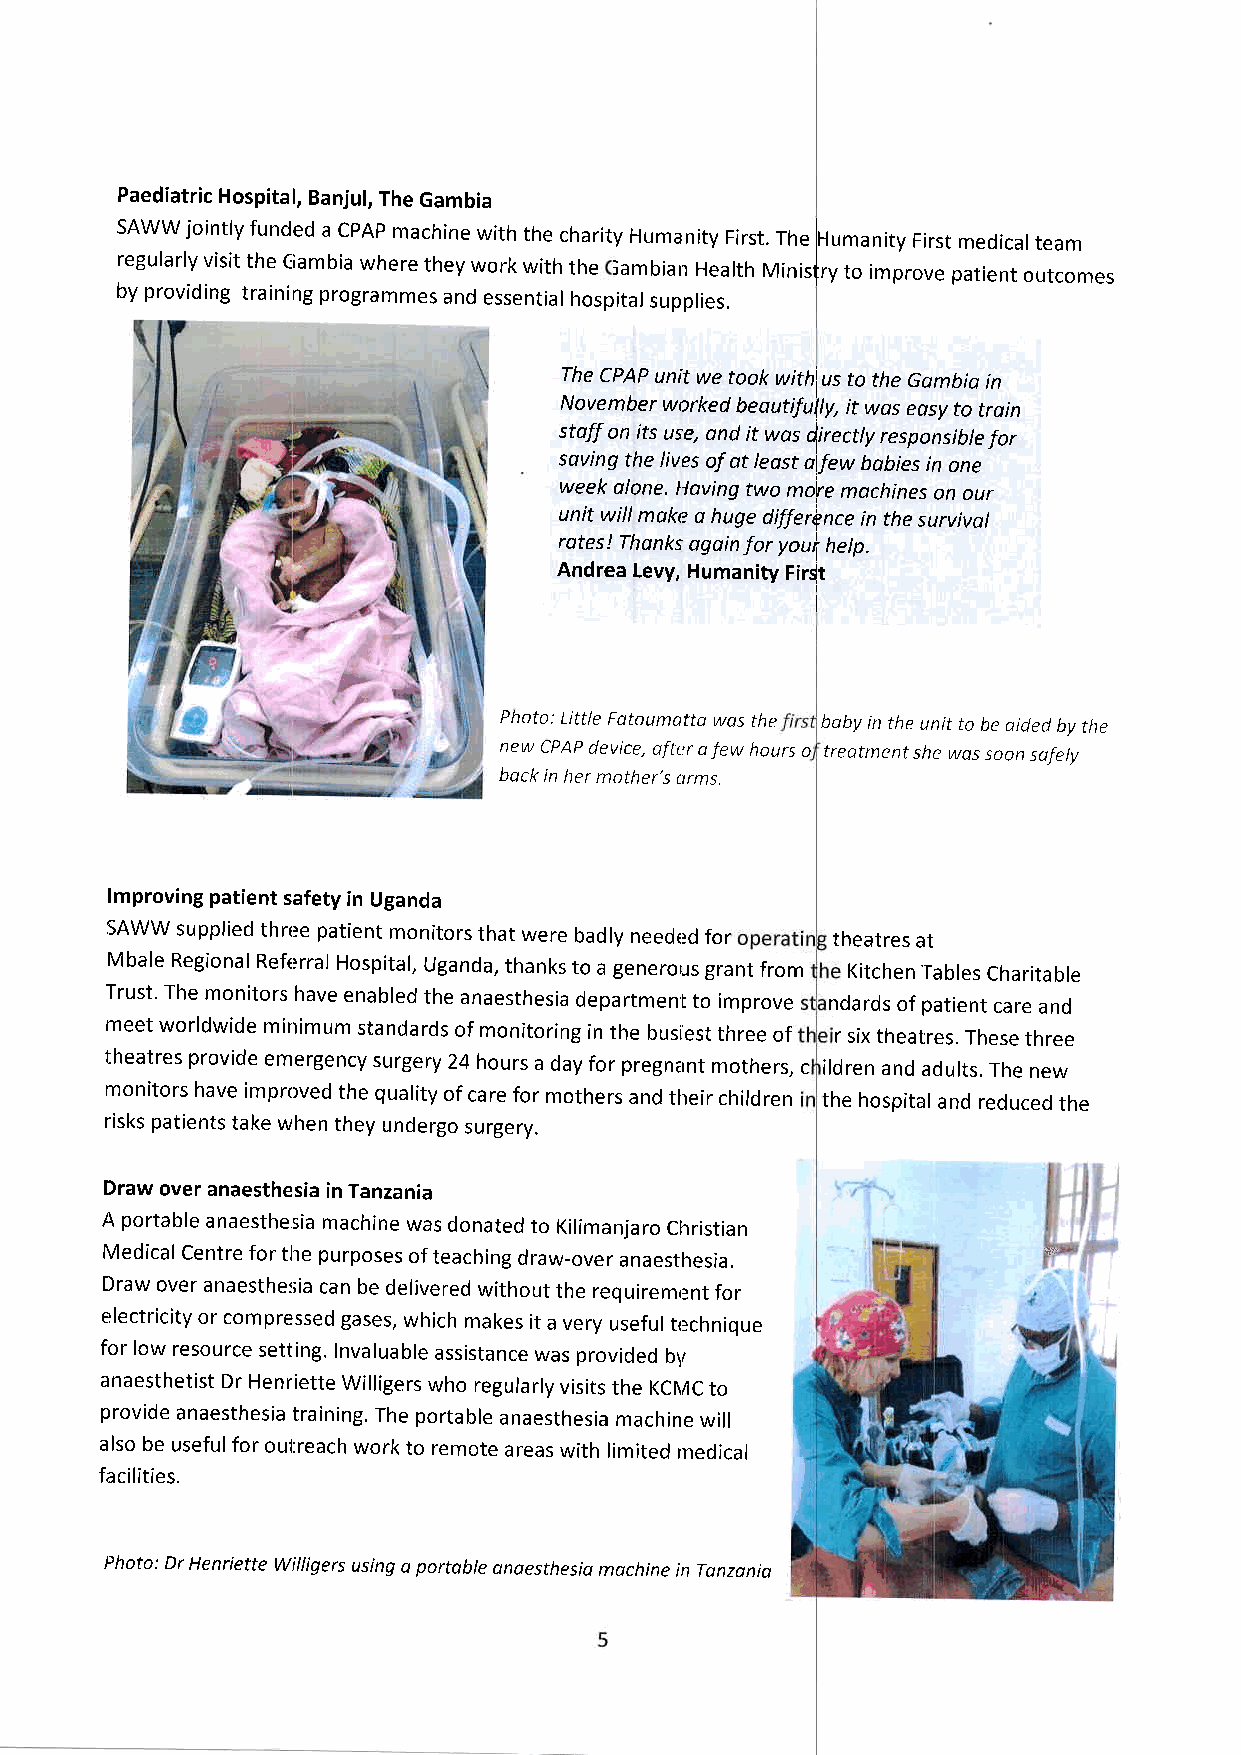
Paediatric Hospital, Banjul, The Gambia
 SAWW jointly funded a cPAP machine with the charity Humanity First. The Humanity First medical team
 regularly visit the Giambia where they work with the iambian Health Minis{ry to improve patient outcomes
 by providing training programmes and essentiar hospitar suppries.
 Tl\e CPAP unit we took with us to the Gombio in
 November worked beautifully, it wos eosy to train
 staff on its use, ond it wos y'irectly responsible for
 scrving the lives of at least a few bobies in one
 week alone. Ilaving two motre machines on our
 uttit will make a huge differipnce in the survival
 rotes! Thonks ogain for youi hetp.
 Andrea Levy, Humanity Firjt
 Photo: Little Fotoumatta was the baby in the unit to be aided by the
 new CPA,P device, afte:r a few hours o treatment she was soon safely
 bqck in her mother's orms.
 lmproving patient safety in Uganda
 SAWW supplied three patient monitors that were badry needed for theatres at
 Mbale Regional Referral Hospital, Uganda, thanks 1to a generous grant from Kitchen Tables Charitable
 Trust. The monitors have enabled the anaesthesia department to improve ndards of patient care and
 meet worldwide minimum standards of monitoring in the buslest three of r six theatres. These three
 theatres provide emergency surgery 24 hours a da'y for pregn'nt mothers, c ildren and adults. The new
 monitors have improved the quality of care for mothers and their children the hospital and reduced the
 risks patients take when they undergo surgery.
 Draw over anaesthesia in Tanzania
 A portable anaesthe:sia machine was donated to Kilimanjaro christian
 Medical centre for the purposes of teaching draw-over anaesthesia. 'iii
 Draw over anaesthe:;ia can be delivered without the requiremr:nt for
 electricity or compressed gases, which makes it a v,ery useful tr_,chnique
 for low resource setting. Invaluable assistance was provided by
 anaesthetist Dr Henriette willigers who regularly visits the KCI\/c to
 provide anaesthesia training. The portable anaesthesia machine will
 also be useful for oul.reach work to remote areas with limited medical
 facilities.
 Photo: Dr Henriette willigers using o portoble qnoesthe:;iq mochine in Tonzoniq